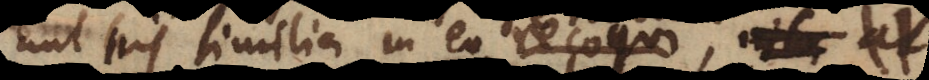
aut his similia in eo renovari, An